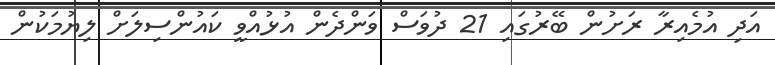
އަދި އުމެއިރާ ރަށުން ބޭރުގައި 21 ދުވަސް ވަންދެން އުޅުއްވީ ކައުންސިލަށް ލިޔުމަކުން